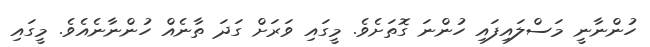
ހުންނާނީ މަސްލައިފައި ހުންނަ ގޮތަށެވެ. މީގައި ވަރަށް ގަދަ ތާނެއް ހުންނާނެއެވެ. މީގައި